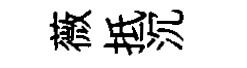
薇抵沉